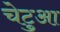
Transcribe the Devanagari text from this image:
चेटुआ